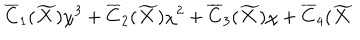
LaTeX: \overline { { { C } } } _ { 1 } ( \widetilde { X } ) \chi ^ { 3 } + \overline { { { C } } } _ { 2 } ( \widetilde { X } ) \chi ^ { 2 } + \overline { { { C } } } _ { 3 } ( \widetilde { X } ) \chi + \overline { { { C } } } _ { 4 } ( \widetilde { X }